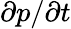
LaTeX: \partial p/\partial t